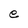
Character: e